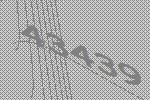
43439